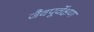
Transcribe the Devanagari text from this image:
जैवपूर्वेक्षण